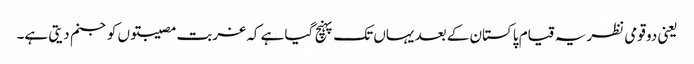
یعنی دو قومی نظریہ قیام پاکستان کے بعد یہاں تک پہنچ گیا ہے کہ غربت مصیبتوں کو جنم دیتی ہے۔